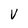
Character: V